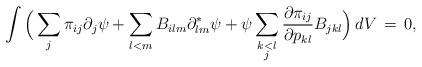
\begin{align*}\int \Big(\sum_j \pi_{ij}\partial_j\psi + \sum_{l<m} B_{ilm}\partial^*_{lm}\psi + \psi \sum_{\substack{k<l\\j}} \frac{\partial \pi_{ij}}{\partial p_{kl}} B_{jkl}\Big)\,dV\,=\,0, \end{align*}